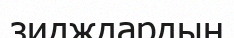
зидждардың